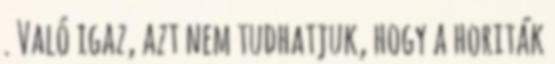
. Való igaz, azt nem tudhatjuk, hogy a horiták